Report on malaria in the Punjab during the year ...  together with an account of the work of the Punjab Malaria Bureau - Volume 3
Disease focus: Malaria
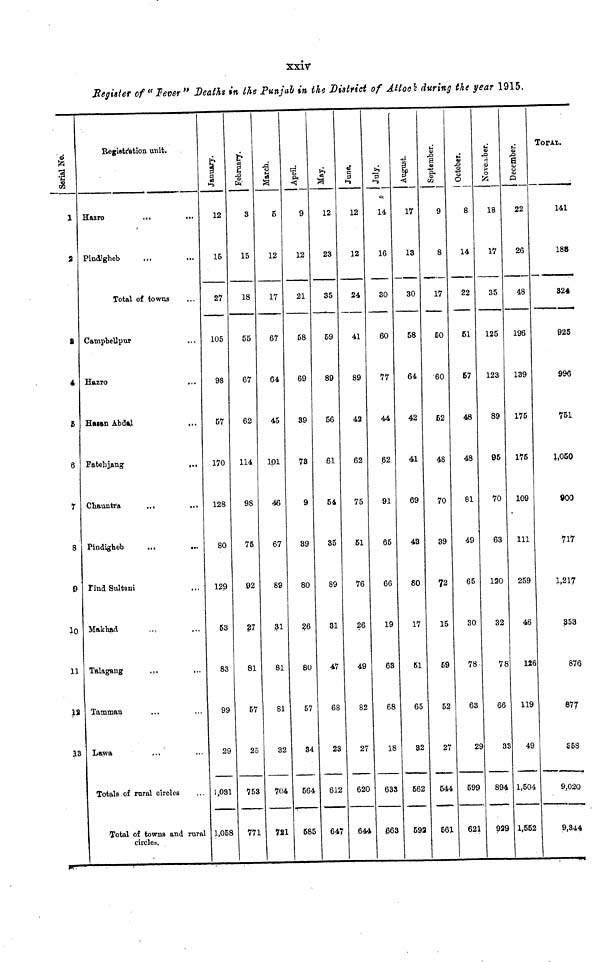
XXIV
Register of " lever" Deaths in the Punjab in the District of AUQO\ during the year 1915.
Serial No.
1
2
8
4
*
6
7
8
9
Jo
11
12
Registration unit.
Hazro
.,,
Pindigbeb
Total of towns
CampbeUpur
Hftzro
,,.
Hasan Ab dij
Fateb j^ng
,,,
Chauntra
.,,
,.,
Pindigheb
.,,
...
Find Sultani
M ,
Makbftd
..,
,,.
Talagang
Tamman
Lawa
...
Totals of rural circles
Total of towns and rural
circles.
January.
1
12
15
27
105
98
57
170
128
80
129
63
83
99
29
1,031
1,058
February.
3
15
18
55
67
62
114
98
75
92
27
81
57
25
753
771
March.
5
12
17
67
64
45
101
46
67
89
31
81
81
32
704
721
April.
9
12
21
58
69
39
78
9
89
80
26
80
57
34
664
585
May.
12
23
35
59
89
56
ßl
54
35
89
31
47
68
23
612
647
June.
12
12
24
41
89
42
62
75
51
76
26
49
82
27
620
644
July.
14
16
30
60
77
44
62
91
65
66
19
63
68
18
638
363
I
17
13
30
58
64
42
41
69
43
80
17
61
65
82
662
592
September.
9
8
17
60
60
52
48
70
39
72
15
59
52
27
644
561
October.
8
14
22
51
67
48
48
81
49
65
30
78
63
29
699
621
ó
o
18
17
35
125
123
89
95
70
63
120
32
78
66
83
894
929
December.
22
26
48
196
139
175
175
109
111
259
46
126
119
49
1,504
1,552
TorAi.
141
188
824
925
996
751
1,050
900
717
1,217
353
876
877
S 58
9,020
9,844